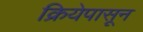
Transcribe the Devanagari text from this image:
क्रियेपासून